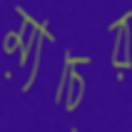
ম্যচের